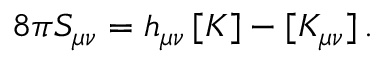
8 \pi S _ { \mu \nu } = h _ { \mu \nu } \, [ K ] - [ K _ { \mu \nu } ] \, .